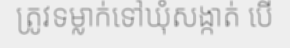
ត្រូវទម្លាក់ទៅឃុំសង្កាត់ បើ